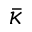
\bar { \kappa }